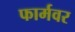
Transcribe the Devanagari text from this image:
फार्मवर